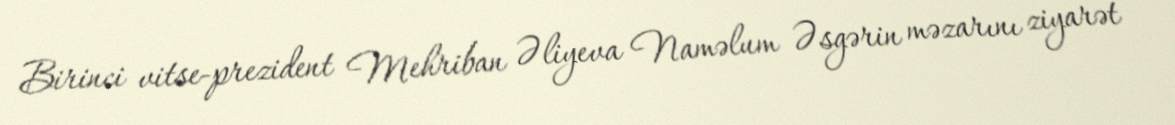
Birinci vitse-prezident Mehriban Əliyeva Naməlum Əsgərin məzarını ziyarət